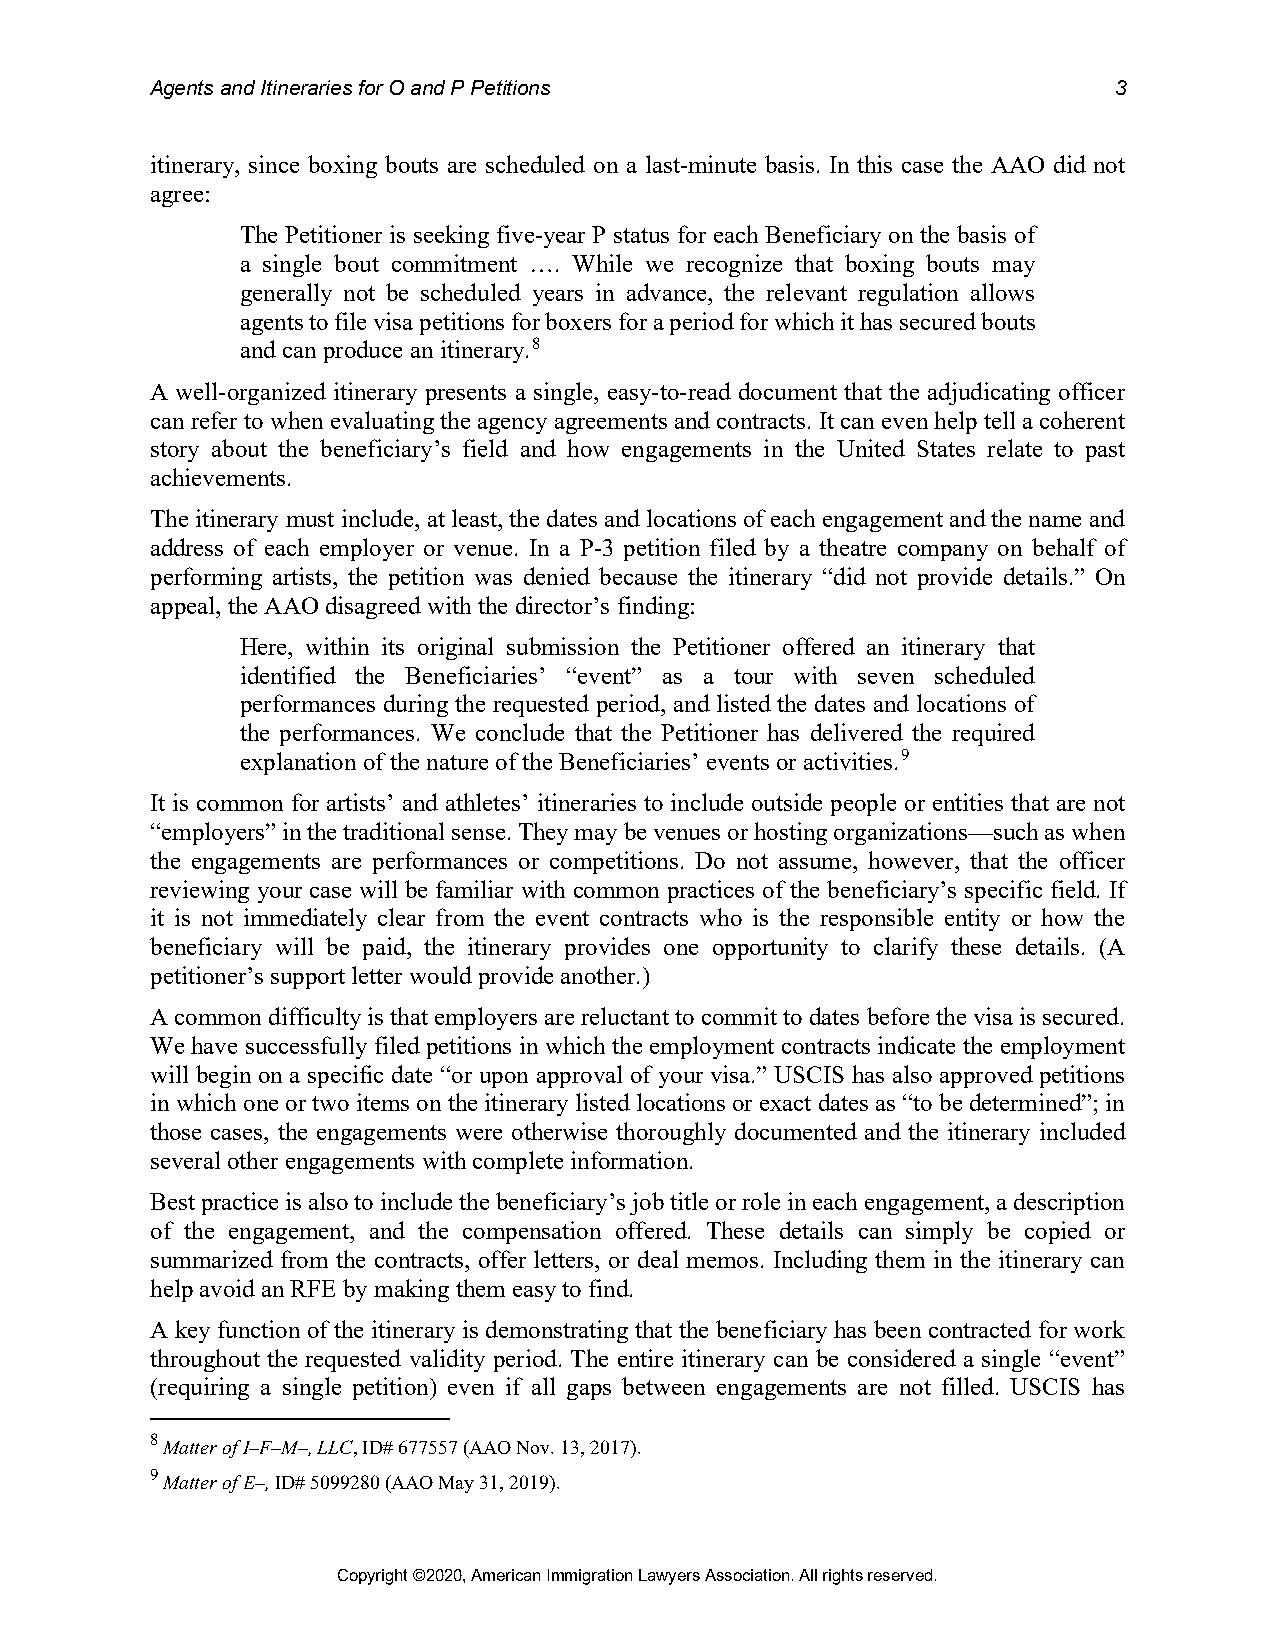
Agents and Itineraries for O and P Petitions                    3
 itinerary, since boxing bouts are scheduled on a last-minute basis. In this case the AAO did not
 agree:
 The Petitioner is seeking five-year P status for each Beneficiary on the basis of
 a single bout commitment …. While we recognize that boxing bouts may
 generally not be scheduled years in advance, the relevant regulation allows
 agents to file visa petitions for boxers for a period for which it has secured bouts
 and can produce an itinerary.8
 A well-organized itinerary presents a single, easy-to-read document that the adjudicating officer
 can refer to when evaluating the agency agreements and contracts. It can even help tell a coherent
 story about the beneficiary’s field and how engagements in the United States relate to past
 achievements.
 The itinerary must include, at least, the dates and locations of each engagement and the name and
 address of each employer or venue. In a P-3 petition filed by a theatre company on behalf of
 performing artists, the petition was denied because the itinerary “did not provide details.” On
 appeal, the AAO disagreed with the director’s finding:
 Here, within its original submission the Petitioner offered an itinerary that
 identified the Beneficiaries’ “event” as a tour with seven scheduled
 performances during the requested period, and listed the dates and locations of
 the performances. We conclude that the Petitioner has delivered the required
 explanation of the nature of the Beneficiaries’ events or activities.9
 It is common for artists’ and athletes’ itineraries to include outside people or entities that are not
 “employers” in the traditional sense. They may be venues or hosting organizations—such as when
 the engagements are performances or competitions. Do not assume, however, that the officer
 reviewing your case will be familiar with common practices of the beneficiary’s specific field. If
 it is not immediately clear from the event contracts who is the responsible entity or how the
 beneficiary will be paid, the itinerary provides one opportunity to clarify these details. (A
 petitioner’s support letter would provide another.)
 A common difficulty is that employers are reluctant to commit to dates before the visa is secured.
 We have successfully filed petitions in which the employment contracts indicate the employment
 will begin on a specific date “or upon approval of your visa.” USCIS has also approved petitions
 in which one or two items on the itinerary listed locations or exact dates as “to be determined”; in
 those cases, the engagements were otherwise thoroughly documented and the itinerary included
 several other engagements with complete information.
 Best practice is also to include the beneficiary’s job title or role in each engagement, a description
 of the engagement, and the compensation offered. These details can simply be copied or
 summarized from the contracts, offer letters, or deal memos. Including them in the itinerary can
 help avoid an RFE by making them easy to find.
 A key function of the itinerary is demonstrating that the beneficiary has been contracted for work
 throughout the requested validity period. The entire itinerary can be considered a single “event”
 (requiring a single petition) even if all gaps between engagements are not filled. USCIS has
 8
 Matter of I–F–M–, LLC, ID# 677557 (AAO Nov. 13, 2017).
 9
 Matter of E–, ID# 5099280 (AAO May 31, 2019).
 Copyright ©2020, American Immigration Lawyers Association. All rights reserved.